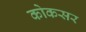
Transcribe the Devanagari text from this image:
कोकसर